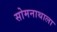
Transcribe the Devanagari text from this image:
सोमनाथाला